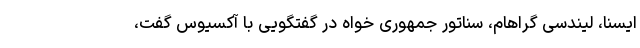
ایسنا، لیندسی گراهام، سناتور جمهوری خواه در گفتگویی با آکسیوس گفت،